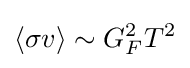
\langle \sigma v\rangle \sim G_{F}^{2}T^{2}